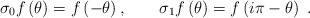
LaTeX: \begin{align*}\sigma _{0}f\left( \theta \right) =f\left( -\theta \right) ,\qquad \sigma_{1}f\left( \theta \right) =f\left( i\pi -\theta \right) ~.\end{align*}